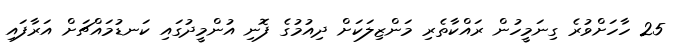
25 ހާހަށްވުރެ ގިނަމީހުން ރައްކާތެރި މަންޒިލަކަށް ދިއުމުގެ ފޮނި އުންމީދުގައި ކަނޑުމައްޗަށް އަރާފައި